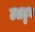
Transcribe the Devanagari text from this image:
उलटुन